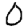
Digit: 0